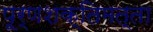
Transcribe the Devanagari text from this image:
पूर्णशक्तिमत्ता